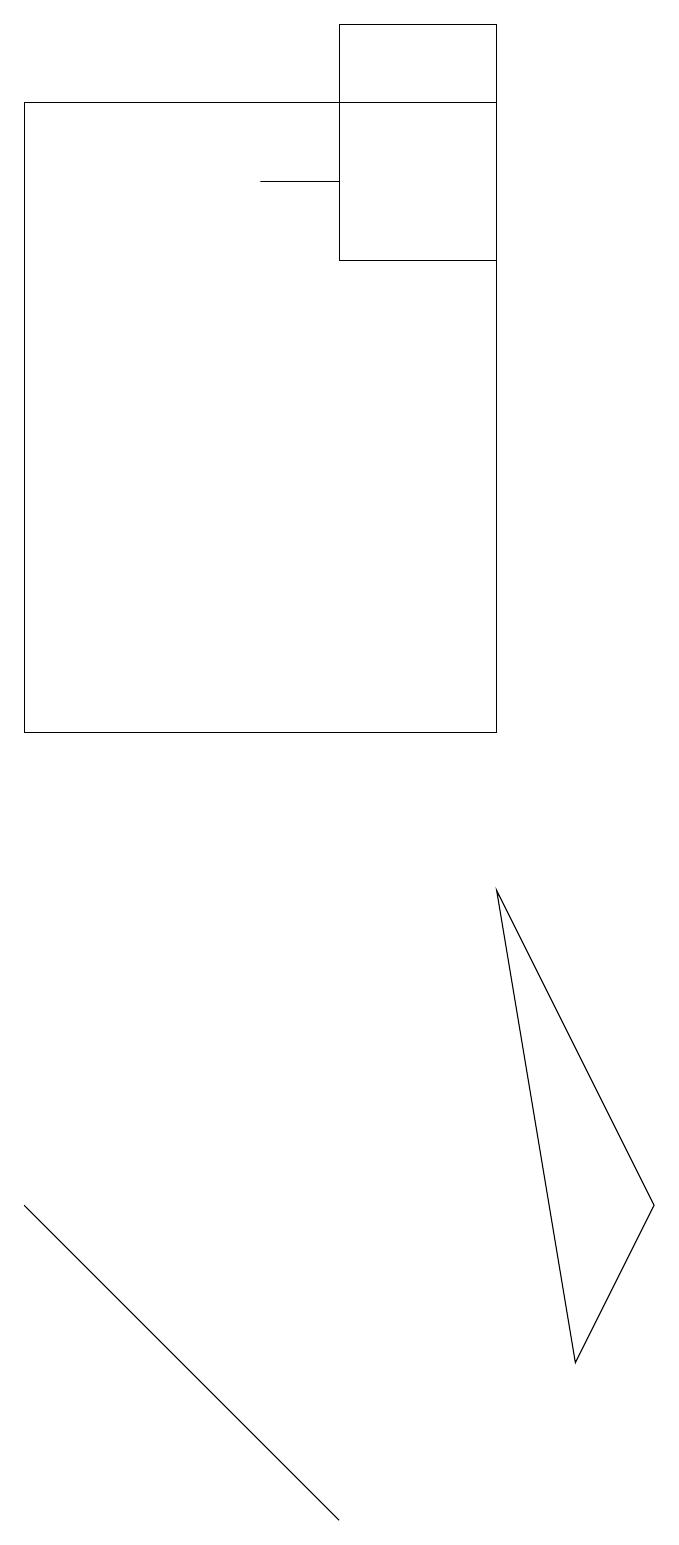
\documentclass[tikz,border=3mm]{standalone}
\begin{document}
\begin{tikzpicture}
\draw (9,4) -- (8,2) -- (7,8) -- cycle;
\draw (5,17) rectangle (4,17);
\draw (7,16) rectangle (5,19);
\draw (3,2) -- (1,4) -- (5,0) -- cycle;
\draw (7,10) rectangle (1,18);
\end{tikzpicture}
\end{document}